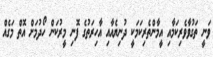
ވަނީ ތަގުވާވެރިކަމާއި އީމާންތެރިކަމަކީ ދުނިޔެއާއި އާހިރަތުގެ ފޮނި މީރުކަން ހޯދުމަށް އޮތް މަގެއް